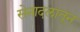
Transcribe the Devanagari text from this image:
सेनादलातून